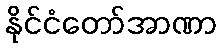
နိုင်ငံတော်အာဏာ